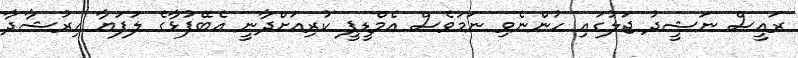
ރައީސް ނަޝީދު ޖަލުގައި ހުންނެވި ނަމަވެސް އެމްޑީޕީ ކުރިއަށްދާނީ އެބޭފުޅާގެ ލަފަޔާ އިރުޝާދާ